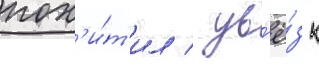
пох'и́т'ил / ув'ё́з к